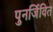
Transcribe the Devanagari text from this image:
पुनर्जिवित